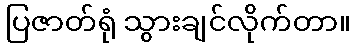
ပြဇာတ်ရုံ သွားချင်လိုက်တာ။